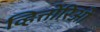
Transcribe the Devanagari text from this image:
व्हित्तोरिओ